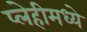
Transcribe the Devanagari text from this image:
प्लेहीमध्ये